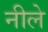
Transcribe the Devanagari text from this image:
नीले